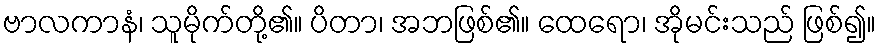
ဗာလကာနံ၊ သူမိုက်တို့၏။ ပိတာ၊ အဘဖြစ်၏။ ထေရော၊ အိုမင်းသည် ဖြစ်၍။